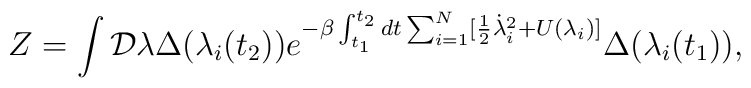
Z=\int {\cal D} \lambda \Delta (\lambda _{i}(t_{2}))e ^{-\beta \int _{t_{1}}^{t_{2}} dt \sum _{i=1}^{N} [\frac{1}{2}\dot{\lambda}_{i}^{2}+U(\lambda _{i})]} \Delta (\lambda _{i}(t_{1})),